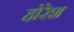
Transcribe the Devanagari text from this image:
होरेश